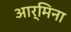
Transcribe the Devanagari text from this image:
आर्मिना